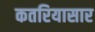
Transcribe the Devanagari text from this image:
कतरियासार